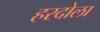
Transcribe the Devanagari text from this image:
हरदोला